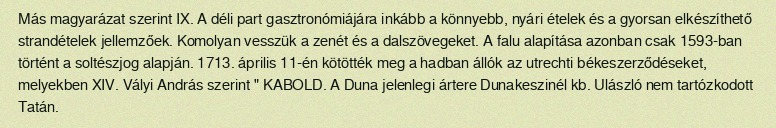
Más magyarázat szerint IX. A déli part gasztronómiájára inkább a könnyebb, nyári ételek és a gyorsan elkészíthető strandételek jellemzőek. Komolyan vesszük a zenét és a dalszövegeket. A falu alapítása azonban csak 1593-ban történt a soltészjog alapján. 1713. április 11-én kötötték meg a hadban állók az utrechti békeszerződéseket, melyekben XIV. Vályi András szerint " KABOLD. A Duna jelenlegi ártere Dunakeszinél kb. Ulászló nem tartózkodott Tatán.